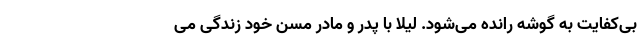
بی‌کفایت به گوشه رانده می‌شود. لیلا با پدر و مادر مسن خود زندگی می